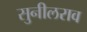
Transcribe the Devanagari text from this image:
सुनीलराव